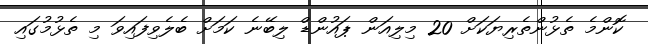
ކޮންމެ ތެޅުންތެރިޔަކަށް 20 މިލިއަން ޕައުންޑް ލިބޭނެ ކަމަށް ބެލެވިފައިވަ މި ތެޅުމުގައި